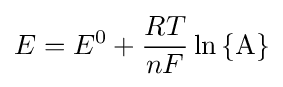
E=E^{0}+{\frac {RT}{nF}}\ln \mathrm {\{A\}}